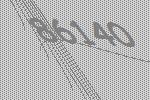
86140